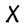
Character: X